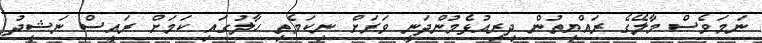
ނަމަވެސް މާލޭގެ ރައްޔިތުން ދިރިއުޅެމުންދަނީ ވަރަށް ނިކަމެތި ހާލުގައި ކަމަށް ރައީސް ނަޝީދު